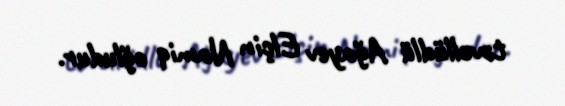
təvəllüdlü Ağayev Elçin Namiq oğludur.